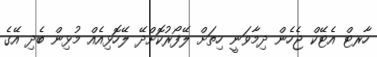
ހާރޓް އެޓޭކް ޖެހެން ދިމާވަނީ ހިތަށް ލޭފޯރުކޮށްދޭ ލޭހޮޅިއެއް މުޅިން ބެދި އޭގެ